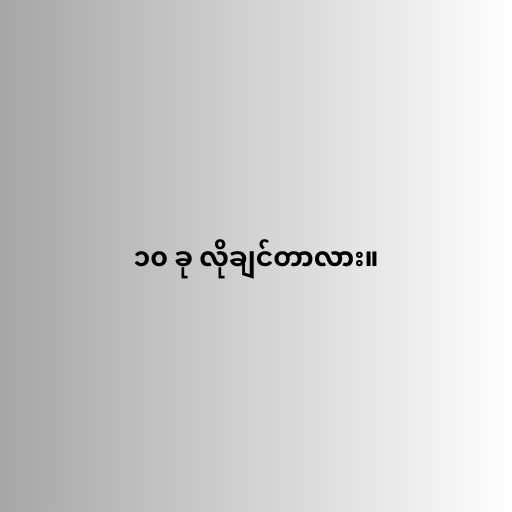
၁၀ ခု လိုချင်တာလား။